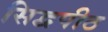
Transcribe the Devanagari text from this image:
सिद्वपीठ